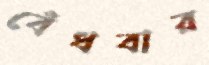
বেঁধবার